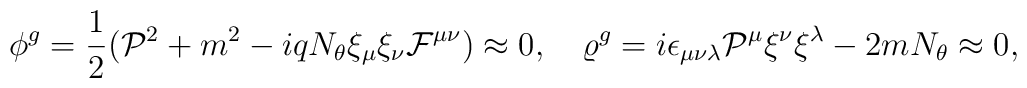
\phi^g=\frac{1}{2}({\cal P}^2+m^2-iqN_\theta\xi_\mu\xi_\nu{\cal F}^{\mu\nu})\approx 0,\quad\varrho^g=i\epsilon_{\mu\nu\lambda}{\cal P}^\mu\xi^\nu\xi^\lambda-2mN_\theta\approx 0,